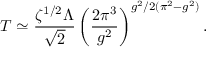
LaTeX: T \simeq \frac { \zeta ^ { 1 / 2 } \Lambda } { \sqrt { 2 } } \left( \frac { 2 \pi ^ { 3 } } { g ^ { 2 } } \right) ^ { g ^ { 2 } / 2 ( \pi ^ { 2 } - g ^ { 2 } ) } .